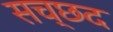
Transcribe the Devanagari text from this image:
सच्छद